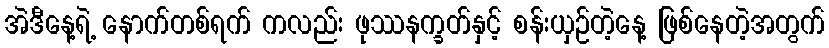
အဲဒီနေ့ရဲ့ နောက်တစ်ရက် ကလည်း ဖုဿနက္ခတ်နှင့် စန်းယှဉ်တဲ့နေ့ ဖြစ်နေတဲ့အတွက်